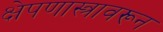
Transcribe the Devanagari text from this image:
क्षेपणास्त्रावरून